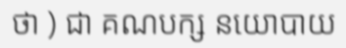
ថា ) ជា គណបក្ស នយោបាយ